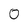
Character: 0